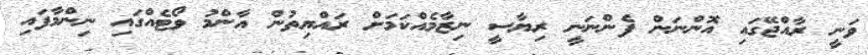
ވަނީ ރާއްޖޭގައި އޮންނަން ފެންނަނީ ރިޔާސީ ނިޒާމެއްކަމަށް ރައްޔިތުން އާންމު ވޯޓެއްގައި ނިންމާފައި